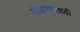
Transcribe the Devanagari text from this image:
बोढणासाठी